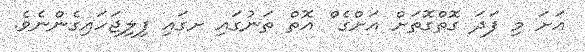
އަށަ މި ފަދަ ގޮތްގޮތަށް އަށްގެ ް އޮތް ތަނުގައި ށގައި ފިލިޖަހައިގެންނެވެ.